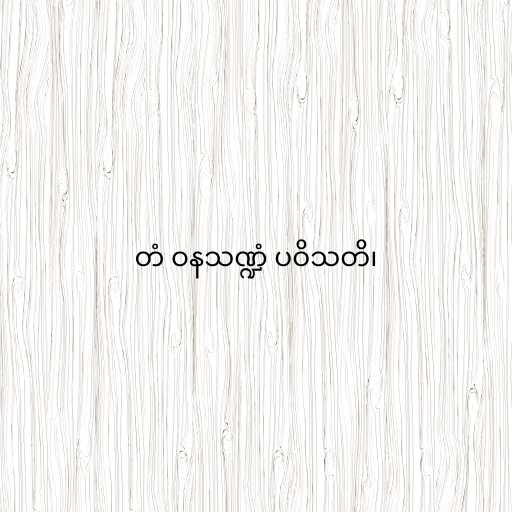
တံ ဝနသဏ္ဍံ ပဝိသတိ၊